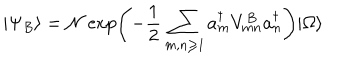
LaTeX: | \Psi _ { B } \rangle = \mathcal { N } \exp \left( - { \frac { 1 } { 2 } } \sum _ { m , n \geq 1 } a _ { m } ^ { \dagger } V _ { m n } ^ { B } a _ { n } ^ { \dagger } \right) | \Omega \rangle